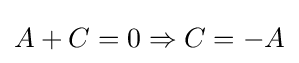
A+C=0\Rightarrow C=-A